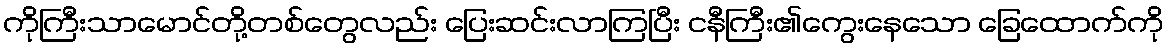
ကိုကြီးသာမောင်တို့တစ်တွေလည်း ပြေးဆင်းလာကြပြီး ငနီကြီး၏ကွေးနေသော ခြေထောက်ကို